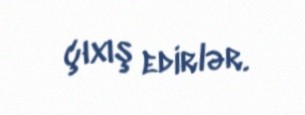
çıxış edirlər.